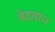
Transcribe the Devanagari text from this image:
बेदवान